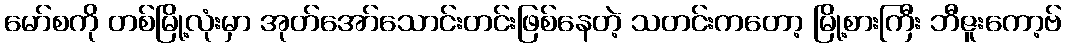
မော်စကို တစ်မြို့လုံးမှာ အုတ်အော်သောင်းတင်းဖြစ်နေတဲ့ သတင်းကတော့ မြို့စားကြီး ဘီဇူးကော့ဗ်